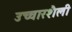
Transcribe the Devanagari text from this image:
उच्चारशैली